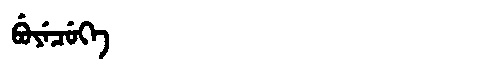
Manchu: ᠪᡠᠶᡝᠴᡠᡴᡝ
Romanization: BUYECUKE